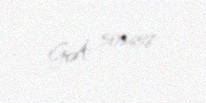
GA 506658